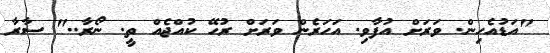
"އަޑުއެހިން. ވަރަށް އުފާވި. އަހަރެން ވަރަށް ރުހޭ ކުއްޖެއް ތީ. ނޯރާ.." ސާރާ